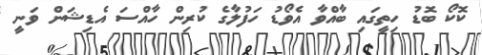
ކޮކޯ ބޮޑު ހިތީގައި ބާއްވާ އެވޯޑު ހަފުލާގެ ކުރިން ހާއްސަ އެޑިޝަން ވަނީ